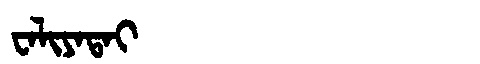
Manchu: ᠸᠠᠯᡳᠶᠠᡨᠠᡳ
Romanization: WALIYATAI